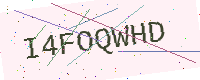
Text: I4FOQWHD